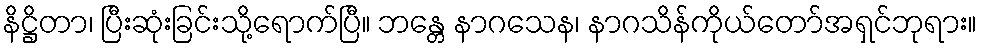
နိဋ္ဌိတာ၊ ပြီးဆုံးခြင်းသို့ရောက်ပြီ။ ဘန္တေ နာဂသေန၊ နာဂသိန်ကိုယ်တော်အရှင်ဘုရား။